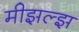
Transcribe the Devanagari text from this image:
मीझल्झ